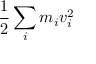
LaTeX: { \frac { 1 } { 2 } } \sum _ { i } m _ { i } v _ { i } ^ { 2 }